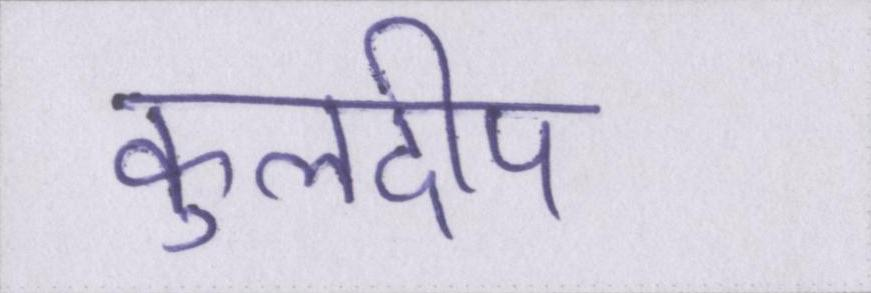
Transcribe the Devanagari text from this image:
कुलदीप